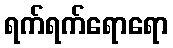
ရက်ရက်ရောရော